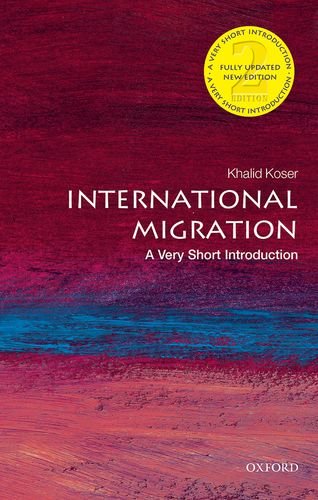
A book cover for International Migration: A Very Short Introduction; Khalid Koser; Politics & Social Sciences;